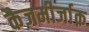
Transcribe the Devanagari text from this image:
कैज़मीर्जाक़